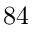
8 4